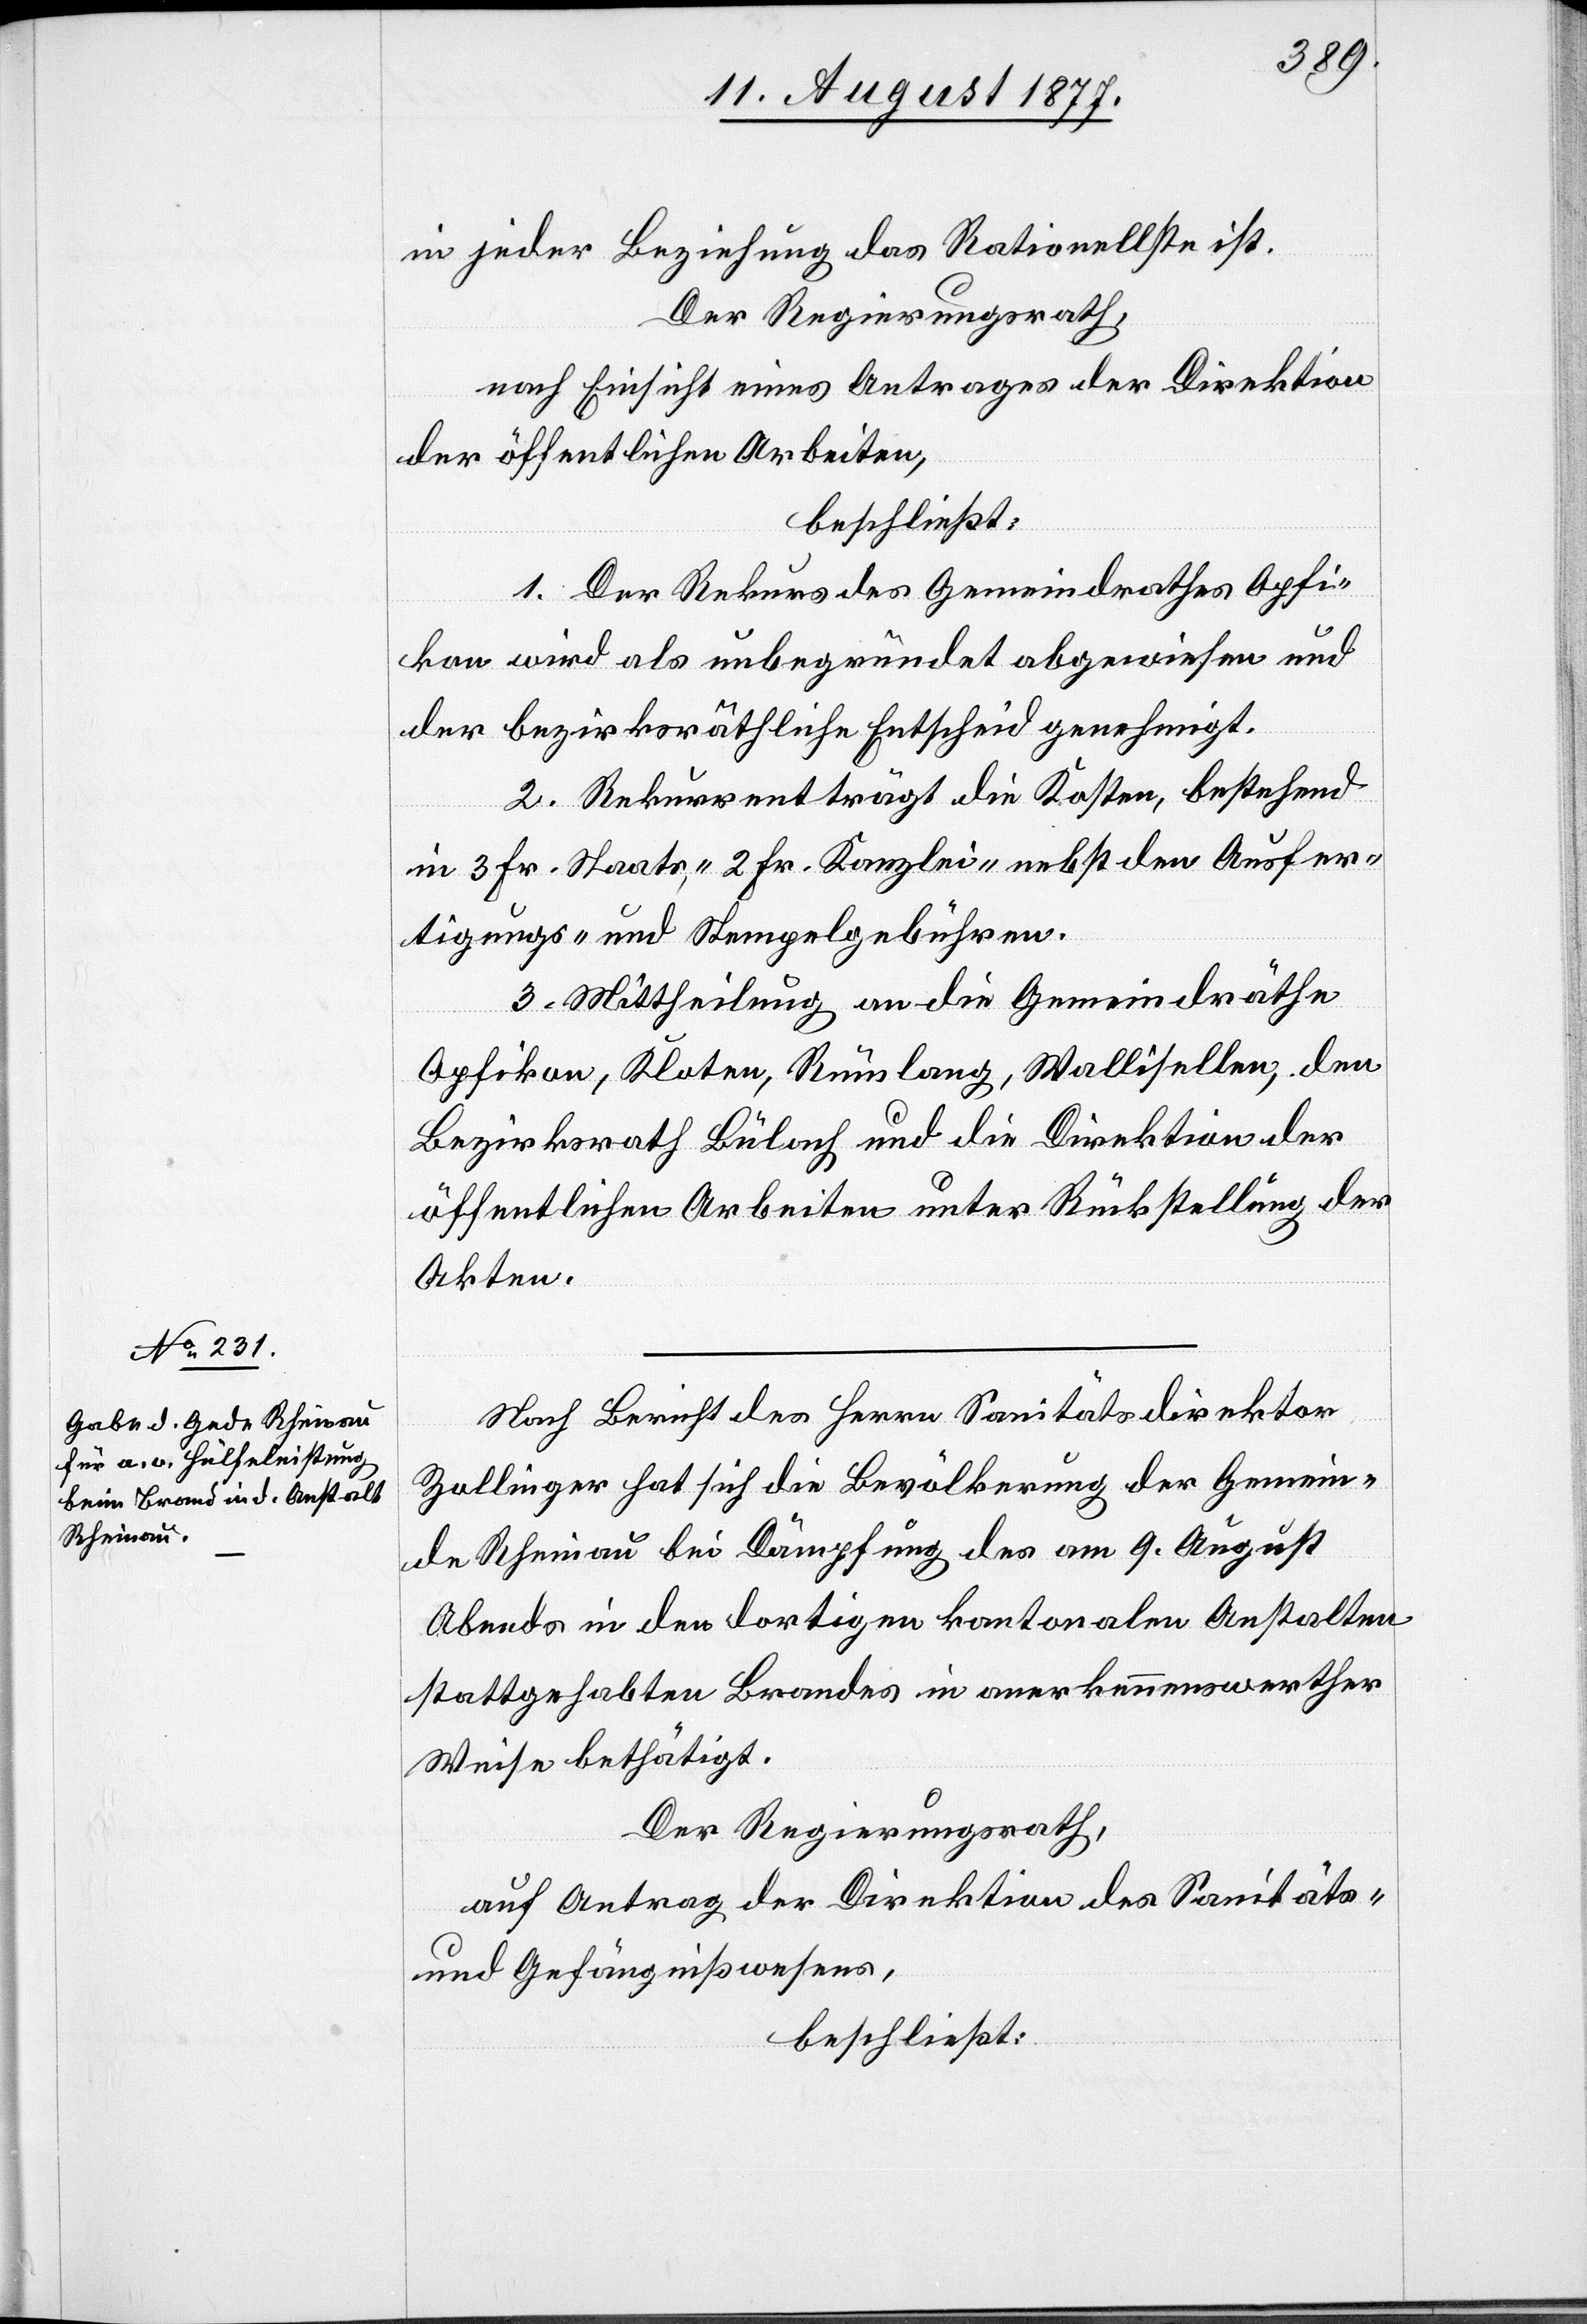
in jeder Beziehung das Rationellste ist.
Der Regierungsrath,
nach Einsicht eines Antrages der Direktion
der öffentlichen Arbeiten,
beschließt:
1. Der Rekurs des Gemeindrathes Opfi¬
kon wird als unbegründet abgewiesen und
der bezirksräthliche Entscheid genehmigt.
2. Rekurrent trägt die Kosten, bestehend
in 3 Fr. Staats-, 2 Fr. Kanzlei-[,] nebst den Ausfer¬
tigungs- und Stempelgebühren.
3. Mittheilung an die Gemeindräthe
Opfikon, Kloten, Rümlang, Wallisellen, den
Bezirksrath Bülach und die Direktion der
öffentlichen Arbeiten unter Rückstellung der
Akten.
Nach Bericht des Herrn Sanitätsdirektor
Zollinger hat sich die Bevölkerung der Gemein¬
de Rheinau bei Dämpfung des am 9. August
Abends in den dortigen kantonalen Anstalten
stattgehabten Brandes in anerkennenswerther
Weise bethätigt.
Der Regierungsrath,
auf Antrag der Direktion des Sanitäts-
und Gefängnißwesens,
beschließt: